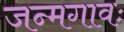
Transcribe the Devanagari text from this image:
जन्मगावः